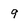
Character: 9